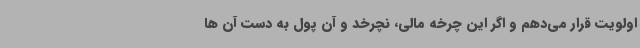
اولویت قرار می‌دهم و اگر این چرخه مالی، نچرخد و آن پول به دست آن ها